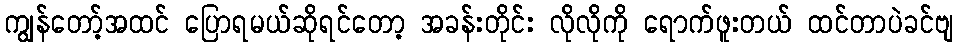
ကျွန်တော့်အထင် ပြောရမယ်ဆိုရင်တော့ အခန်းတိုင်း လိုလိုကို ရောက်ဖူးတယ် ထင်တာပဲခင်ဗျ